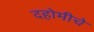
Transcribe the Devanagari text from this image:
दहोमीचे